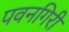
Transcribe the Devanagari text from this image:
पवनगिरी